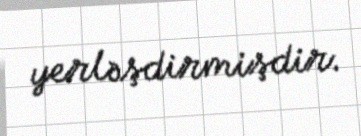
yerləşdirmişdir.